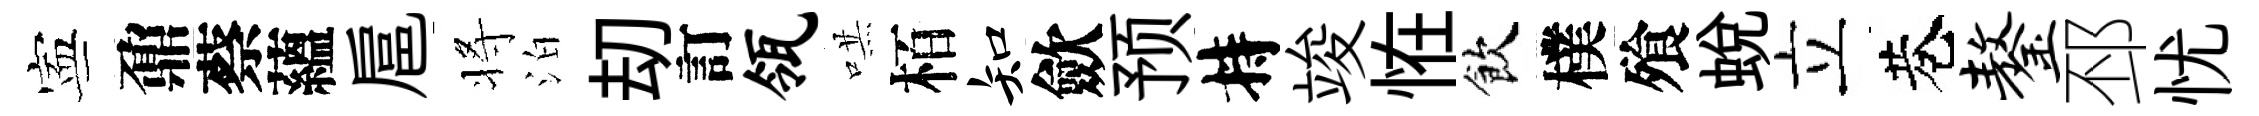
寕鼐蔡蘊扈将泊刧訂瓴哄栢知歛预持竣恠飲樸飱蜕立巷鏊邳忧